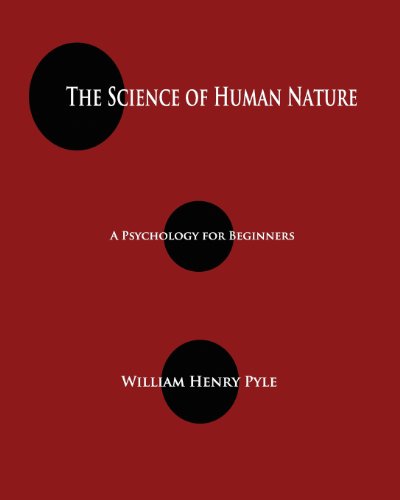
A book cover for The Science of Human Nature: A Psychology for Beginners; William Henry Pyle; Medical Books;